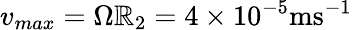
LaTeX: v_{max}=\Omega\mathbb{R}_{2}=4\times10^{-5}\mathrm{{ms^{-1}}}